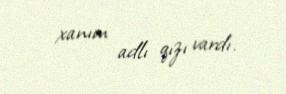
xanım adlı qızı vardı.